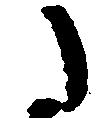
た